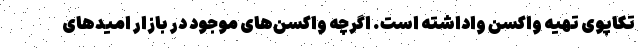
تکاپوی تهیه واکسن واداشته است. اگرچه واکسن‌های موجود در بازار امیدهای